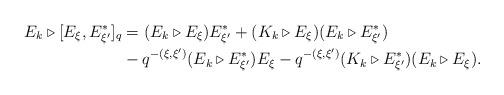
LaTeX: \begin{align*}E_k \triangleright [E_\xi, E_{\xi^\prime}^*]_q & = (E_k \triangleright E_\xi) E_{\xi^\prime}^* + (K_k \triangleright E_\xi) (E_k \triangleright E_{\xi^\prime}^*)\\ & - q^{-(\xi, \xi^\prime)} (E_k \triangleright E_{\xi^\prime}^*) E_\xi - q^{-(\xi, \xi^\prime)} (K_k \triangleright E_{\xi^\prime}^*) (E_k \triangleright E_\xi).\end{align*}